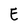
Character: E